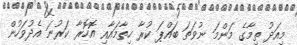
މިއަދު ތިމާގެ މަންމަ ނުވަތަ ބައްޕަ ކުރާ ހިތާމައާއި އޮހޮރާ ކަރުނަ އެދުވަހުން